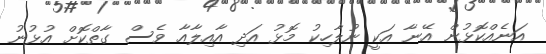
އަނެއްކޮޅުން އޭނާ އަކީ ނުލާހިކު މޮޅު އަދި އާއިލާއާ ވެސް ގާތްކޮށް އުޅުނު